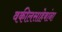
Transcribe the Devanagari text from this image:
वकीलसाहेबांना